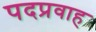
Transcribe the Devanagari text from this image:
पदप्रवाह